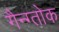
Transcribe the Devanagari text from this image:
गैन्ग्तोक